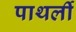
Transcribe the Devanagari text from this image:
पाथर्ली